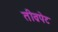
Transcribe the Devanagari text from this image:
तीव्रपेट